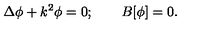
\Delta \phi + k ^ { 2 } \phi = 0 ; \qquad B [ \phi ] = 0 .